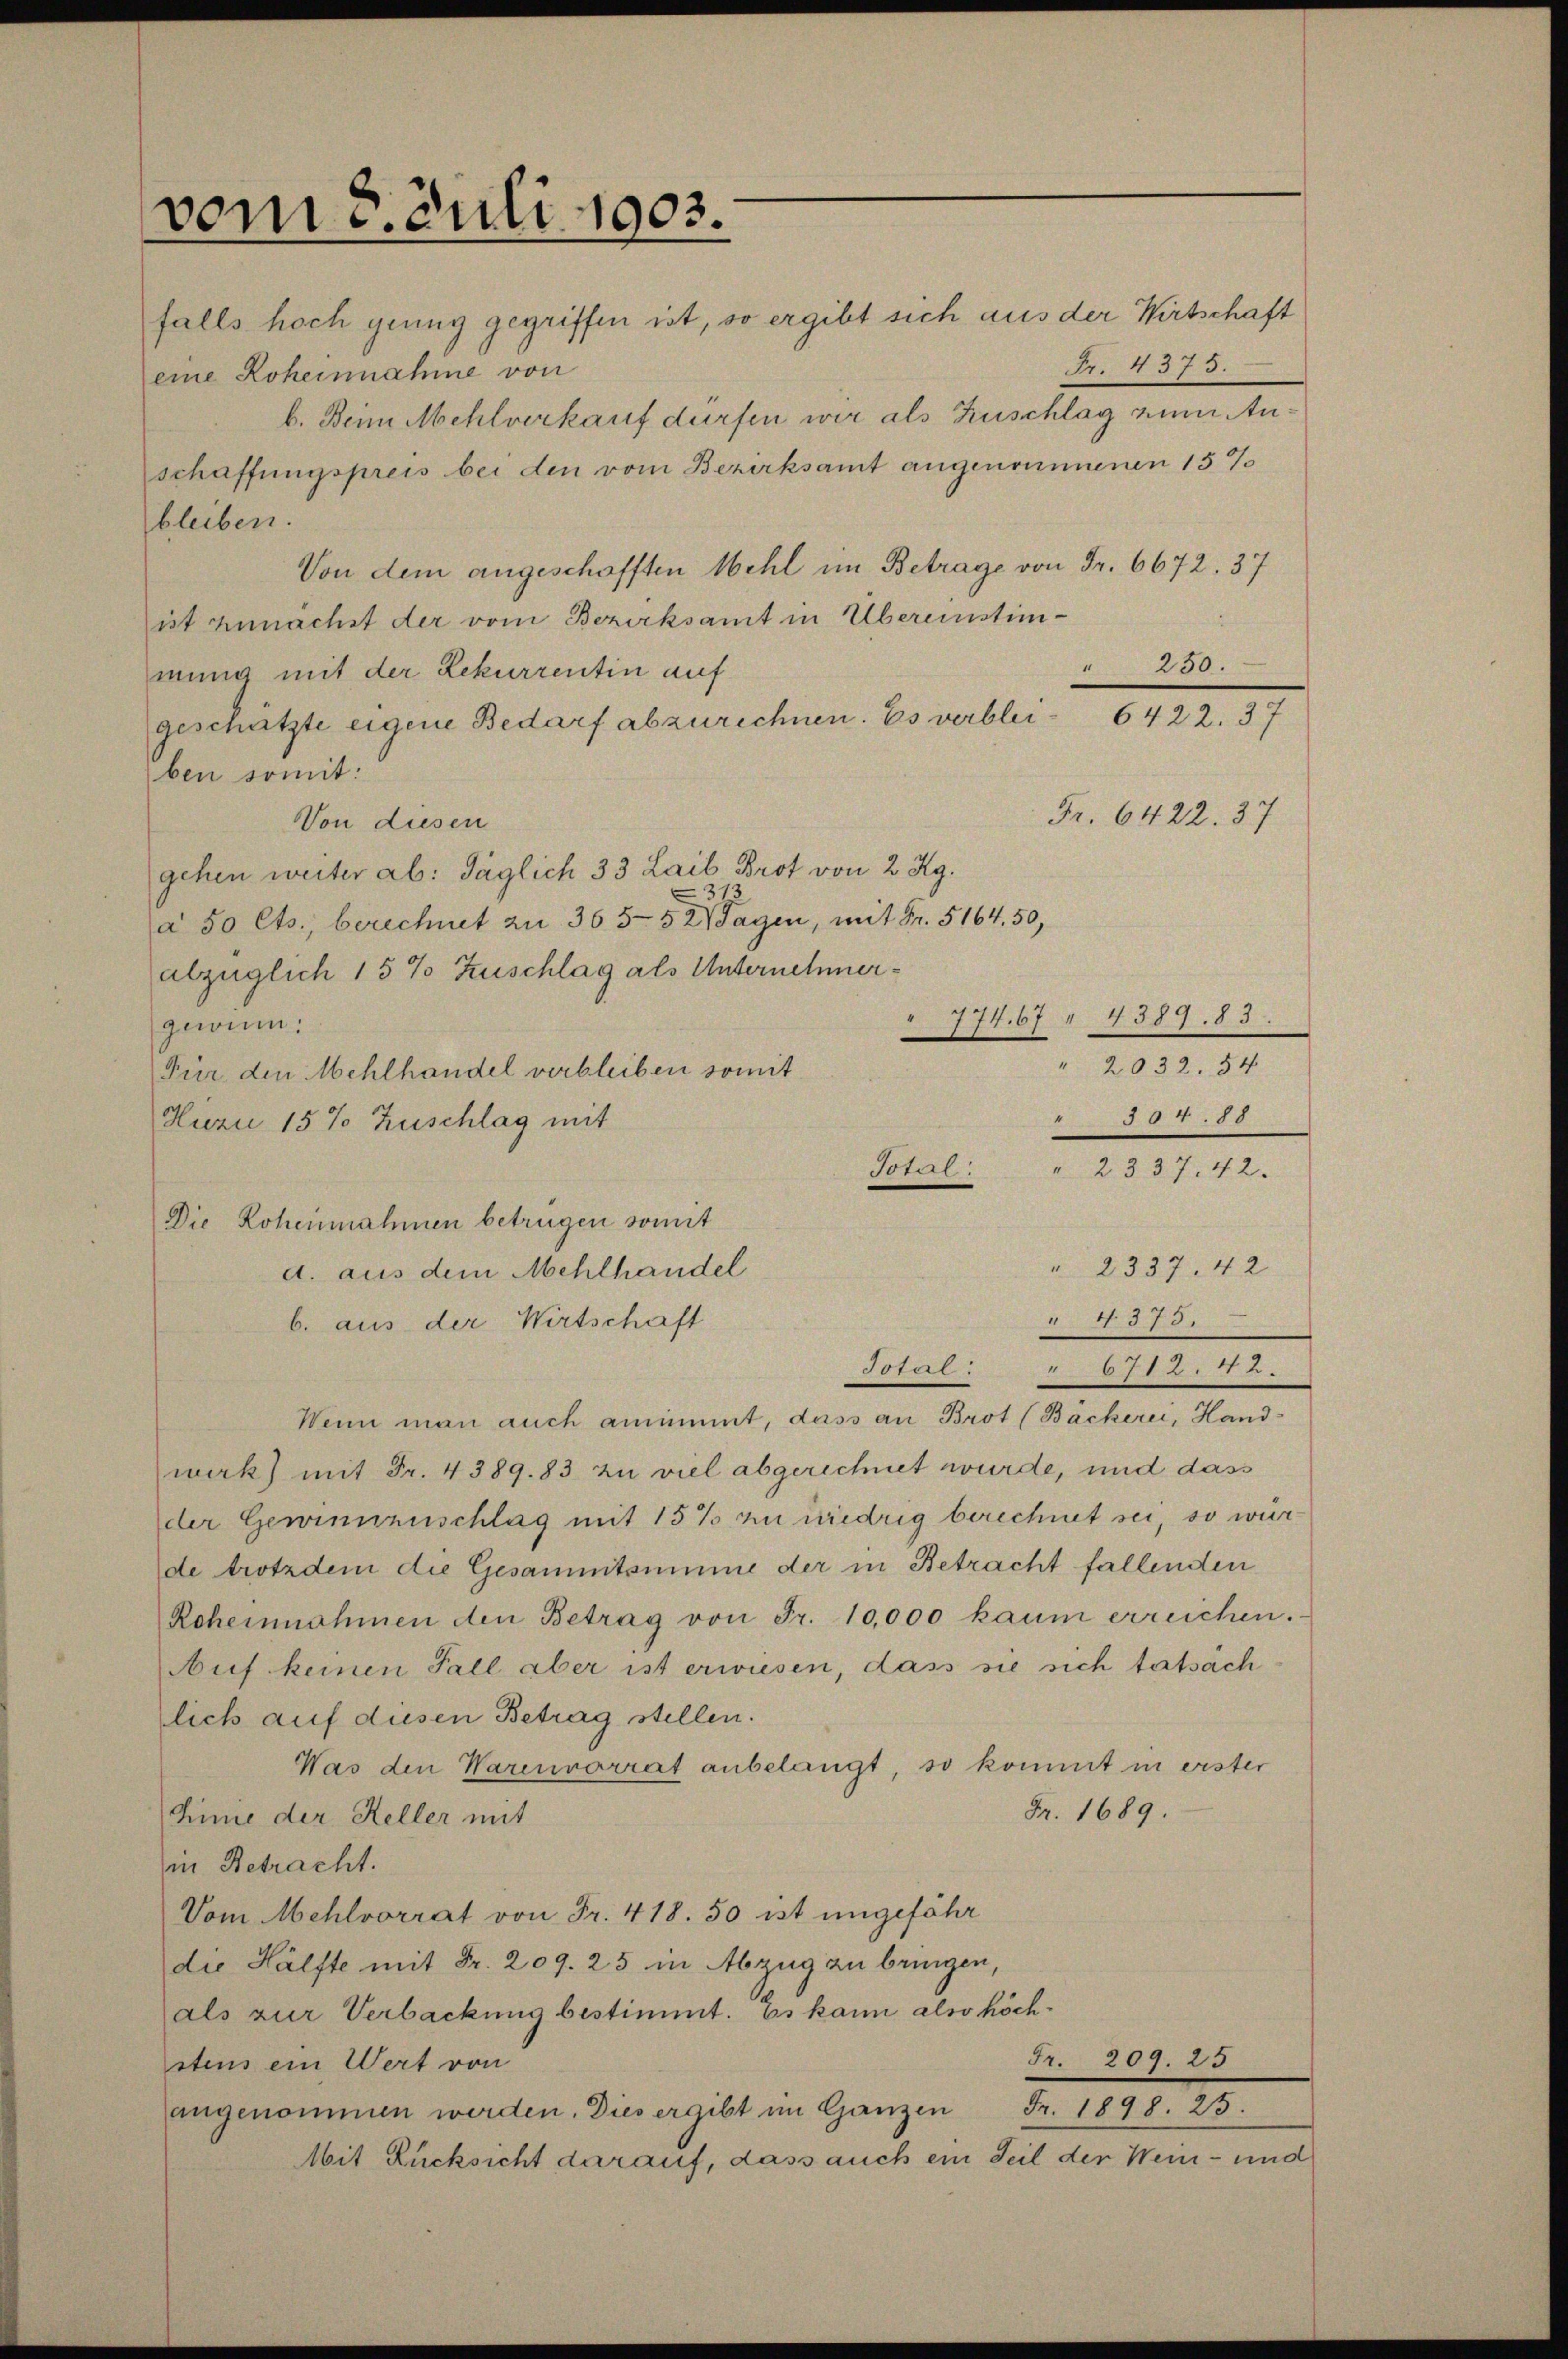
vom 8. Juli 1903.

falls hoch genug gegriffen ist, so ergibt sich aus der Wirtschaft
eine Roheinnahme von
b. Beim Mehlverkauf dürfen wir als Zuschlag zum Anschaffungspreis bei den vom Bezirksamt angenommenen 15 %
bleiben.
Von dem angeschofften Mehl im Betrage von Fr. 6672. 37
ist zunächst der vom Bezirksamt in Übereinstim¬
250.
“
mung mit der Rekurrentin auf
6422. 37
geschätzte eigene Bedarf abzurechnen. Es verbleiben somit:
Fr. 6422. 37
Von diesen
gehen weiter ab: Täglich 33 Laib Brot von 2 Rg.
31
a 50 Cts., berechnet zu 365-5 2 Tagen, mit Fr. 5164. 50,
abzüglich 15 % Zuschlag als Unternehmer¬
" 774. 67 " 4389. 83
geum.
.
" 2032. 54
Für den Mehlhandel verbleiben somit
8855
Hurie 15% Zuschlag mit
otit
" 2337. 42.
Die Rohennahmen betrügen somit
" 2337. 42
d. aus dem Mehlhandel
1878.
b. aus der Wirtschaft
88742. 671. 77.
Wenn man auch annimmt, dass an Brot (Backerei, Hand-
wark) mit Fr. 4389. 83 zu viel abgerechnet wurde, und dass
der Gewinnenschlag mit 15% zu niedrig berechnet sei, so wür
de trotzdem die Gesammtsumme der in Betracht fallenden
Roheinnahmen den Betrag von Fr. 10,000 kaum erreichen.
Auf keinen Fall aber ist erwiesen, dass sie sich tatsäch
lich auf diesen Betrag stellen.
Was den Warenvorrat anbelangt, so kommt in erster
Fr. 1689.
Sinie der Keller mit
in Betracht.
Vom Mehlvorrat von Fr. 418. 50 ist ungefähr
die Hälfte mit Fr. 209. 25 in Abzug zu bringen,
als zur Verbackung bestimmt. Es kann also höch¬
Fr. 209. 23
stens ein Wert von
angenommen werden. Dies ergibt im Ganzen Fr. 1898. 23.
Mit Rücksicht darauf, dass auch ein Teil der Wein- und

Fr. 4373.